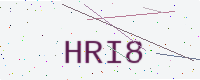
Text: HRI8